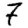
Digit: 7